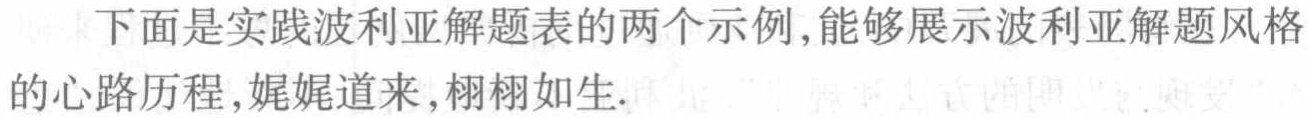
下面是实践波利亚解题表的两个示例,能够展示波利亚解题风格的心路历程,娓娓道来,栩栩如生.